Annual report of the Civil Veterinary Department, Bengal, for the year 1897-98 - 1897-1898
Year: 1897
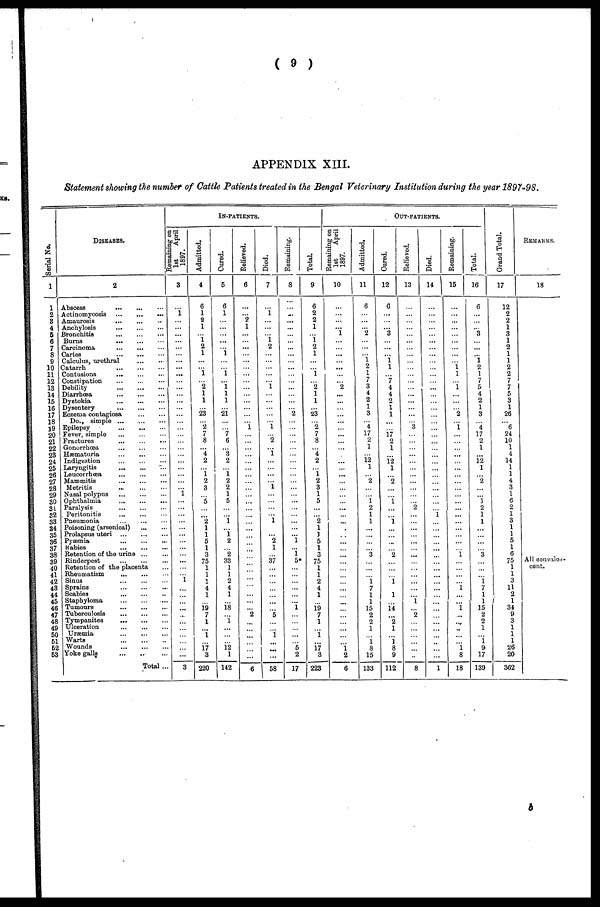
(
9
)
APPENDIX
XIII.
Statement
showing
the number
of Cattle
Patients
treated
in the Bengal
Veterinary
Institution
during
the year
1897-98.
Serial No.
1
1
2
3
4
5
6
7
8
9
10
11
12
13
14
15
16
17
18
19
20
21
22
23
24
25
26
27
28
29
30
31
32
33
34
35
36
37
38
39
40
41
42
43
44
45
46
47
48
49
50
51
52
53
DISEASES.
2
Abscess
...
...
...
Actinomycosis
...
...
...
Amaurosis
...
...
...
Anchylosis
...
...
...
Bronchitis
...
...
...
Burns
...
...
...
Carcinoma
...
...
...
Caries
...
...
...
Calculus, urethral ... ...
Catarrh
...
...
...
Contusions
...
...
...
Constipation ... ... ...
Debility
...
...
...
Diarrhoea
...
...
...
Dystokia
...
...
...
Dysentery
...
...
...
Eczema contagiosa
...
...
Do., simple ... ... ...
Epilepsy
...
...
...
Fever, simple
...
...
...
Fractures
...
...
...
Gonorrhoea
...
...
...
Hæmaturia
...
...
...
Indigestion
...
...
...
Laryngitis
...
...
...
Leucorrhœa
...
...
...
Mammitis
...
...
...
Metritis ... ... ...
Nasal polypus
...
...
...
Ophthalmia
...
...
...
Paralysis
...
...
...
Peritonitis ... ... ...
Pneumonia
...
...
...
Poisoning (arsenical) ... ... ...
Prolapsus uteri
...
...
...
Pyæmia
...
...
...
Rabies
...
...
...
Retention of the urine ... ...
Rinderpest
...
...
...
Retention of the placenta ...
Rheumatism
...
...
...
Sinus
...
...
...
Sprains
...
...
...
Scabies
...
...
...
Staphyloma
...
...
...
Tumours
...
...
...
Tuberculosis
...
...
...
Tympanites
...
...
...
Ulceration
...
...
...
Uræmia
...
...
...
Warts
...
...
...
Wounds
...
...
...
Yoke galls
...
...
...
Total ...
IN-PATIENTS
Remaining on
1st
April
1897.
3
...
1
...
...
...
...
...
...
...
...
...
...
...
...
...
...
...
...
...
...
...
...
...
...
...
...
...
...
1
...
...
...
...
...
...
...
...
...
...
...
...
1
...
...
...
...
...
...
...
...
...
...
...
3
Admitted.
4
6
1
2
1
...
1
2
1
...
...
1
...
2
1
1
...
23
...
2
7
8
...
4
2
...
1
2
3
...
5
...
...
2
1
1
5
1
3
75
1
1
1
4
1
...
19
7
1
...
1
...
17
3
220
Cured.
5
6
1
...
...
...
...
...
1
...
...
1
...
1
1
1
...
21
...
...
7
6
...
3
2
...
1
2
2
1
5
...
...
1
...
1
2
...
2
33
1
1
2
4
1
...
18
...
1
...
...
...
12
1
142
Relieved.
6
...
...
2
1
...
...
...
...
...
...
...
...
...
...
...
...
...
...
1
...
...
...
...
...
...
...
...
...
...
...
...
...
...
...
...
...
...
...
...
...
...
...
...
...
...
...
2
...
...
...
...
...
...
6
Died.
7
...
1
...
...
...
1
2
...
...
...
...
...
1
...
...
...
...
...
1
...
2
...
1
...
...
...
...
1
...
...
...
...
1
...
...
2
1
...
37
...
...
...
...
...
...
...
5
...
...
1
...
...
...
58
Remaining.
8
...
...
...
...
...
...
...
...
...
...
...
...
...
...
...
...
...
2
...
...
...
...
...
...
...
...
...
...
...
...
...
...
...
...
...
...
1
...
1
5*
...
...
...
...
...
...
1
...
...
...
...
...
5
2
17
Total.
9
6
2
2
1
...
1
2
1
...
...
1
...
2
1
1
...
23
...
2
7
8
...
4
2
...
1
2
3
1
5
...
...
2
1
1
5
1
3
75
1
1
2
4
1
...
19
7
1
...
1
...
17
3
223
OUT-PATIENTS.
Remaining on
1st
April
1897.
10
...
...
...
...
1
...
...
...
...
...
...
...
2
...
...
...
...
...
...
...
...
...
...
...
...
...
...
...
...
...
...
...
...
.
...
...
...
...
...
...
...
...
...
...
...
...
...
...
...
...
...
1
2
6
Admitted.
11
6
...
...
...
2
...
...
...
1
2
1
7
3
4
2
1
3
...
4
17
2
1
...
12
1
...
2
...
...
1
2
1
1
...
...
...
...
3
...
...
...
1
7
1
1
15
2
2
1
...
1
8
15
133
Cured.
12
6
...
...
...
3
...
...
...
1
1
...
7
4
4
2
1
1
...
...
17
2
1
...
12
1
...
2
...
...
1
...
...
1
...
...
...
...
2
...
...
...
1
...
1
...
14
...
2
1
...
1
8
9
112
Relieved.
13
...
...
...
...
...
...
...
...
...
...
...
...
...
...
...
...
...
...
3
...
...
...
...
...
...
...
...
...
...
...
2
...
...
...
...
...
...
...
...
...
...
...
...
...
1
...
2
...
...
...
...
...
..
8
Died.
14
...
...
...
...
...
...
...
...
...
...
...
...
...
...
...
...
...
...
...
...
...
...
...
...
...
...
...
...
...
...
...
1
...
...
...
...
...
...
...
...
...
...
...
...
...
...
...
...
...
...
...
...
...
1
Remaining.
15
...
...
...
...
...
...
...
...
...
1
1
...
1
...
...
...
2
...
1
...
...
...
...
...
...
...
...
...
...
...
...
...
...
...
...
...
...
1
...
...
...
...
1
...
...
1
...
...
...
...
...
1
8
18
Tot al .
16
6
...
...
...
3
...
...
...
1
2
1
7
5
4
2
1
3
...
4
17
2
1
...
12
1
...
1
...
...
1
2
1
1
...
...
...
...
3
...
...
...
1
7
1
1
15
2
2
1
...
1
9
17
139
Grand Total.
17
12
2
2
1
3
1
2
1
1
2
2
7
7
5
3
1
26
...
6
24
10
1
4
14
1
1
4
3
1
6
2
1
3
1
1
5
1
6
75
1
1
3
11
2
1
34
9
3
1
1
1
26
20
362
REMARKS.
18
All convaies-
cent.
5